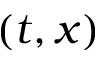
( t , x )